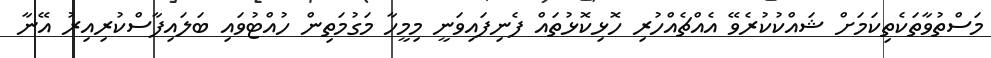
މަސްތުވާތަކެތިކަމަށް ޝައްކުކުރެވޭ އެއްޗެއްހުރި ހޮޅިކޮޅުތައް ފެނިފައިވަނީ މިމީހާ މަގުމަތިން ހުއްޓުވައި ބަލައިފާސްކުރިއިރު އޭނާ